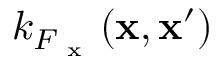
k _ { F _ { \mathrm { ~ x ~ } } } ( \mathbf { x } , \mathbf { x } ^ { \prime } )